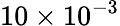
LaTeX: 10\times 10^{-3}